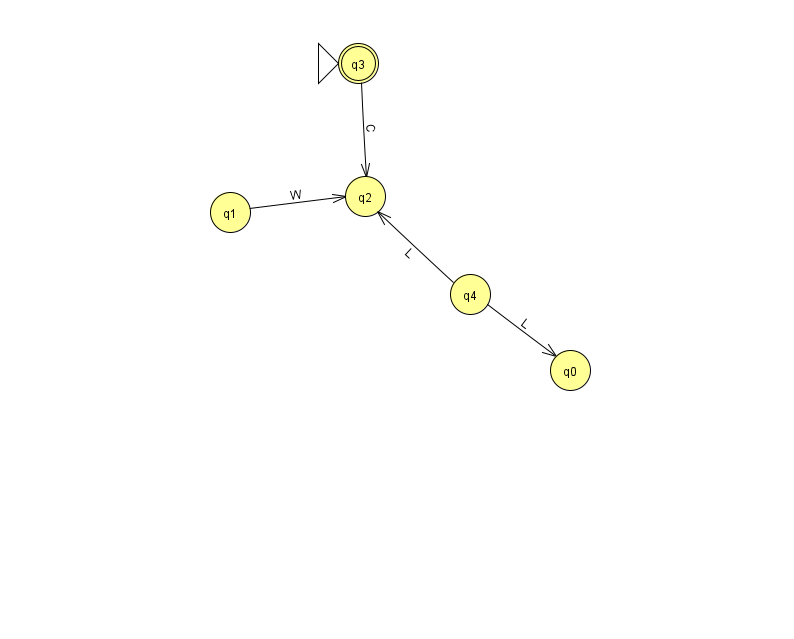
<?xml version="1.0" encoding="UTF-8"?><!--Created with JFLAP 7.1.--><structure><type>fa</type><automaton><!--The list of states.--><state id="0" name="q0"><x>570.0</x><y>357.0</y></state><state id="1" name="q1"><x>230.0</x><y>199.0</y></state><state id="2" name="q2"><x>365.0</x><y>183.0</y></state><state id="3" name="q3"><x>358.0</x><y>50.0</y><initial/><final/></state><state id="4" name="q4"><x>470.0</x><y>281.0</y></state><!--The list of transitions.--><transition><from>4</from><to>2</to><read>L</read></transition><transition><from>1</from><to>2</to><read>W</read></transition><transition><from>3</from><to>2</to><read>C</read></transition><transition><from>4</from><to>0</to><read>L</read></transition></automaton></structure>